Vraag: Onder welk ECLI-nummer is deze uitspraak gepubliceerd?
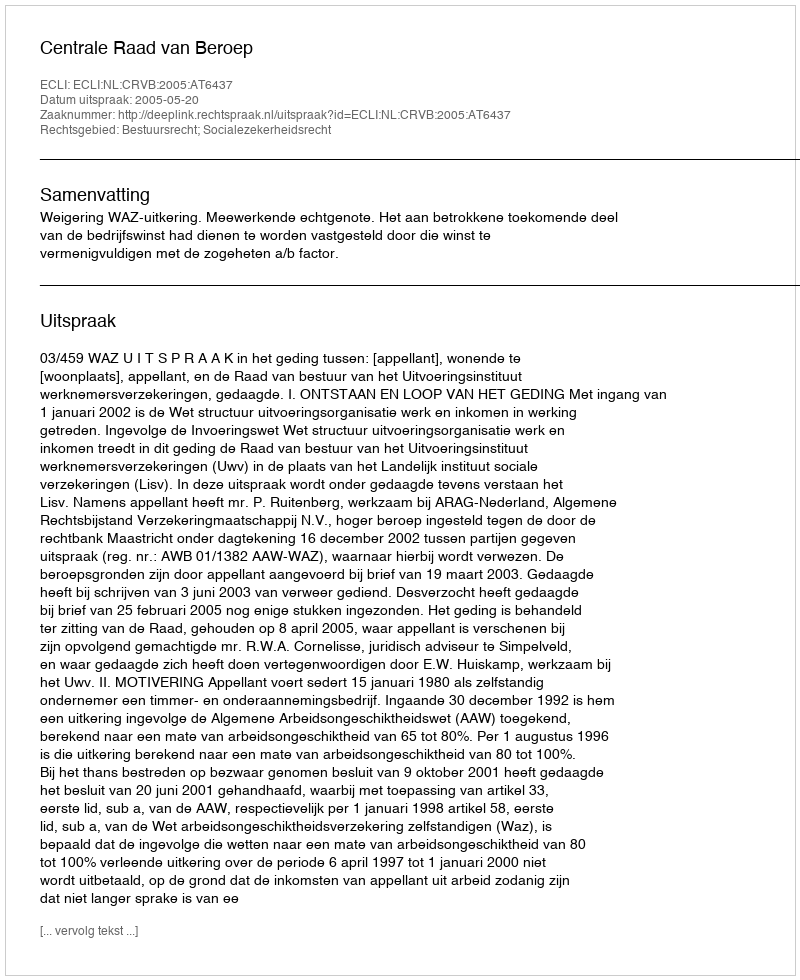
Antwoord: ECLI:NL:CRVB:2005:AT6437